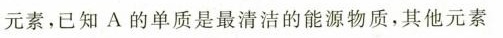
元素，已知A的单质是最清洁的能源物质，其他元素